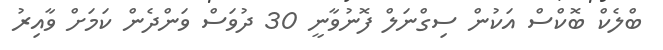
ބްލެކް ބޮކްސް އަކުން ސިގްނަލް ފޮނުވާނީ 30 ދުވަސް ވަންދެން ކަމަށް ވާއިރު